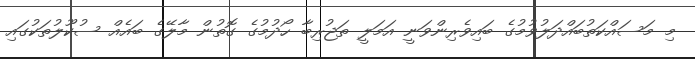
މި މަސައްކަތުބައްދަލުވުމުގެ ބައިވެރިންވަނީ އަމަލީ ތަޖުރިބާ ހޯދުމުގެ ގޮތުން މާލޭގެ ބައެއް ސުކޫލުތަކުގައި